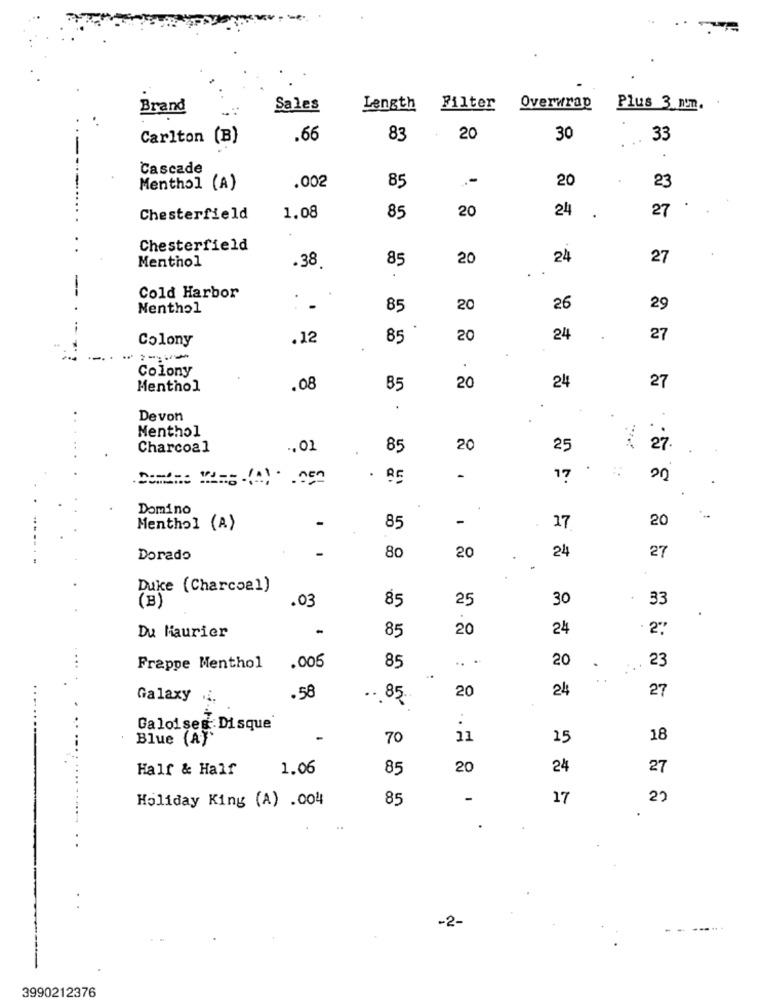
Brand
Sales
Length
Filter
Overwrap
Plus 3 nm.
Carlton (B)
.66
83
20
30
33
Cascade
85
.-
20
Menthol (A)
.002
23
20
24
27
Chesterfield
1.08
85
.
Chesterfield
Menthol
85
20
24
27
.38.
Cold Harbor
Menthol
85
20
26
29
Colony
.12
85
20
24
27
.-.
=---
Colony
Menthol
.08
85
20
24
27
.
Devon
Menthol
Charcoal
.. 01
85
20
25
-
17
20
Domino
-
20
Menthol (A)
-
85
17
80
24
27
Dorado
20
Duke (Charcoal)
.03
85
25
30
33
(B)
Du Maurier
85
20
24
.005
85
.. .
20
23
Frappe Menthol
20
24
27
Galaxy .i.
.58
.. 85
.
Galol seg: Disque
Blue (A)'
-
70
11
15
18
Half & Half
1.06
85
20
24
27
Holiday King (A) .004
85
-
17
2)
-2-
......
3990212376